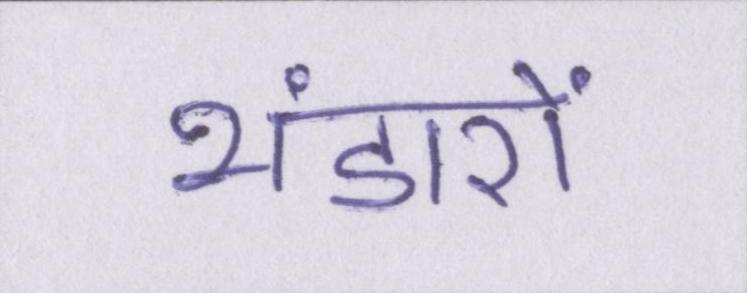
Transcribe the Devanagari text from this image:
भंडारों